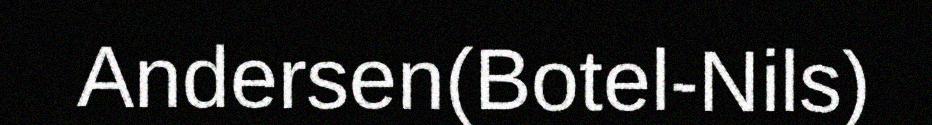
Andersen(Botel-Nils)